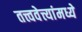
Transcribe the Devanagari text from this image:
तत्त्ववेत्त्यांमध्ये